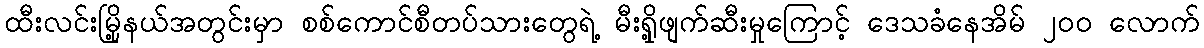
ထီးလင်းမြို့နယ်အတွင်းမှာ စစ်ကောင်စီတပ်သားတွေရဲ့ မီးရှို့ဖျက်ဆီးမှုကြောင့် ဒေသခံနေအိမ် ၂၀၀ လောက်